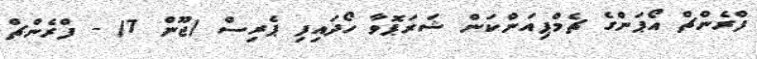
ފްރެންޗް އޯޕަންގެ ޗެމްޕިއަންކަން ޝަރަޕޮވާ ހޯދައިފި ޕެރިސް (ޖޫން 7) - ފްރެންޗް